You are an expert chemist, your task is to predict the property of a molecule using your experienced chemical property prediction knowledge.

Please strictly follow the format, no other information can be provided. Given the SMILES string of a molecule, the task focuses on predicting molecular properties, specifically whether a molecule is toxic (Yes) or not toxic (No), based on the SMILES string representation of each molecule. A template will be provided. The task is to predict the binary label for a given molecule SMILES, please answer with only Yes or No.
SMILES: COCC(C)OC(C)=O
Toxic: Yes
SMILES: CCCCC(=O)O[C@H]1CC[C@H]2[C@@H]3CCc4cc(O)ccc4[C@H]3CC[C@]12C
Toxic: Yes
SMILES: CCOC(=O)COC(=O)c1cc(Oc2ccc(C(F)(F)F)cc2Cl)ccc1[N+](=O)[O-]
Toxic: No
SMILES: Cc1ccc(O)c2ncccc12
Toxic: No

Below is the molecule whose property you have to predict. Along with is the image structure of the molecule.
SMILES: CCOCC(=O)O
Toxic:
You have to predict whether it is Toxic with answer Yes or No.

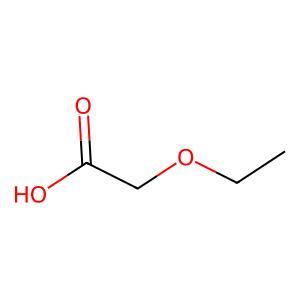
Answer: No